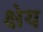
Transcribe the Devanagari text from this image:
क्षेय